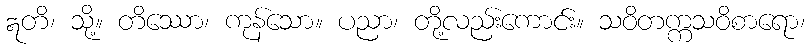
ဣတိ၊ သို့။ တိဿော၊ ကုန်သော။ ပညာ၊ တို့လည်းကောင်း။ သဝိတက္ကသဝိစာရော၊